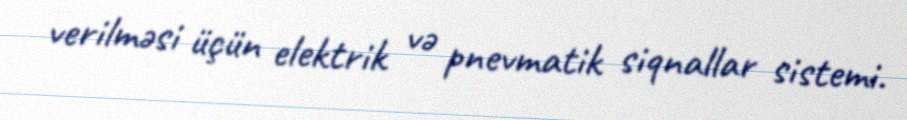
verilməsi üçün elektrik və pnevmatik siqnallar sistemi.